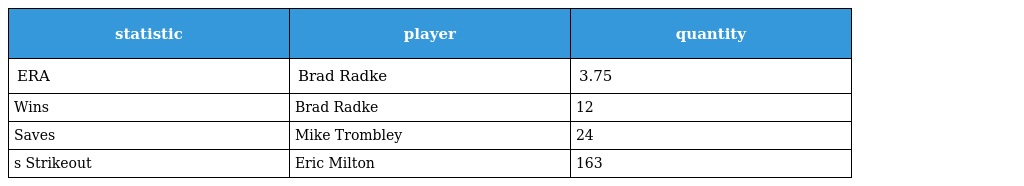
| statistic | player | quantity |
 | --- | --- | --- |
 | ERA | Brad Radke | 3.75 |
 | Wins | Brad Radke | 12 |
 | Saves | Mike Trombley | 24 |
 | s Strikeout | Eric Milton | 163 |